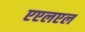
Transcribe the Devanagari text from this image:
एएलएल